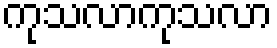
ကုသလာကုသလာ